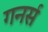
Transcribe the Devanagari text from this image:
गनर्स